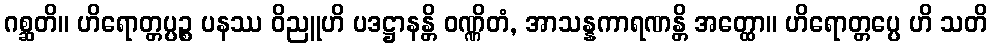
ဂစ္ဆတိ။ ဟိရောတ္တပ္ပဉ္စ ပနဿ ဝိညူဟိ ပဒဋ္ဌာနန္တိ ဝဏ္ဏိတံ, အာသန္နကာရဏန္တိ အတ္ထော။ ဟိရောတ္တပ္ပေ ဟိ သတိ